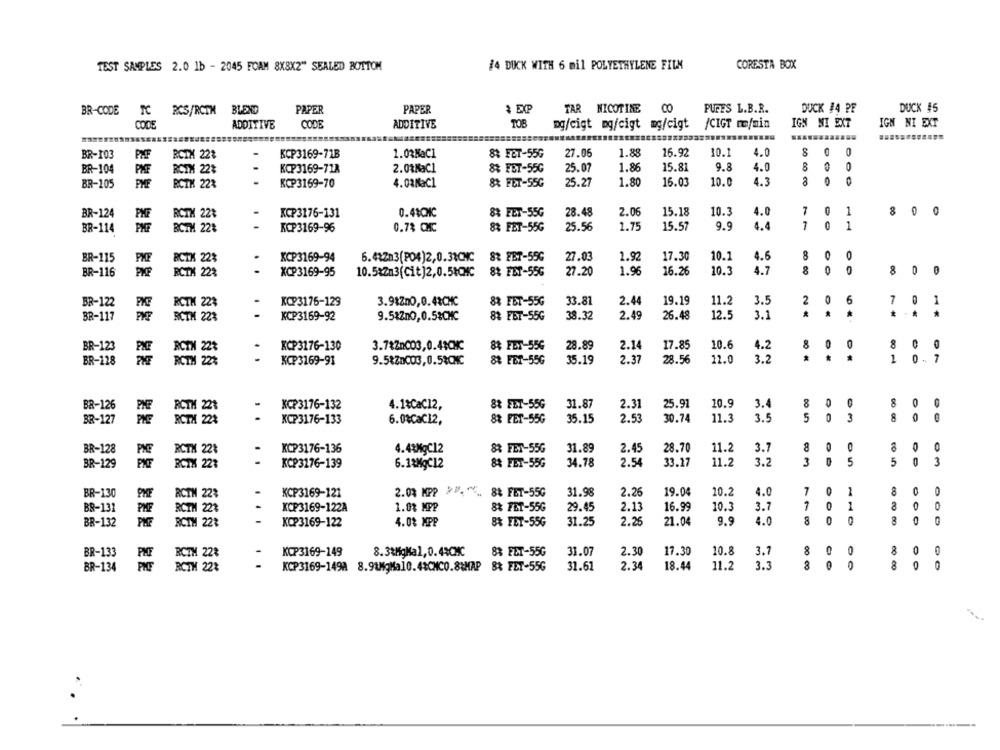
TEST SAMPLES 2.0 1b - 2045 FOAM 8X8X2" SEALED BOTTOM
#4 DUCK WITH 6 mil POLYETHYLENE FILM
CORESTA BOX
BR-CODE
TC
RCS/RCTM
BLEND
PAPER
PAPER
$ EXP
TAR NICOTINE
PURES L.B.R.
DUCK #4 PF
DUCK #5
CODE
ADDITIVE
CODE
ADDITIVE
TOB
mg/cigt mg/cigt mg/cigt /CIGT co/min
IGN NI EXT
IGN NI EXT
0
BR-103
PMF
BCIX 22%
-
KCP3169-71B
1.0%NaCl
82 FET-55G
27.05
1.88
16.92
10.1
4.0
DO
9.8
8
BR-104
PMF
RCIN 22%
.
KCP3169-718
2.01KaCl
8 FBT-55G
25.07
1.86
15.81
4.0
BR-105
PME
RCTH 22%
KCP3169-70
4.03KaCl
8& FET-55G
25.27
1.80
16.03
10.0
4.3
8
2.06
7
0
1
8
BR-124
ACTH 22%
.
KCP3176-131
0.41CNC
83 FET-55G
28.48
15.18
10.3
4.0
1.75
4.4
1
0
1
BR-114
BCTM 223
RCP3169-96
0.73 CMHC
83 FET-55G
25.56
15.57
9.9
4.6
0
BR-115
BCTX 228
.
XCP3169-94
6.48Zn3(PO4)2,0.33CNC
82 FET-55G
27.03
1.92
17.30
10.
O
-
16.26
10.3
4.7
8
0
8
BR-116
ACTA 23
XCP3169-95
10.5%2m3(Cit)2,0.5ICHC
88 FET-55G
27.20
1.96
33.81
2.44
19.19
2
6
7
1
BR-122
RCTH 22%
-
KCP3176-129
3.98Zn0,0.41CMC
82 FET-55G
11.2
3.5
38.32
2.49
26.48
12.5
3.1
*
BR-117
RCTM 223
KCP3169-92
9.5&2n0,0.5&CHC
82 FBT-55G
BR-123
KCP3176-130
3.78ZnC03,0.4$CMC
28.89
2.14
17.85
10.6
4.2
8
0
8% FET-55G
0
BR-128
KCP3169-91
9.5%Znc03,0.5%CNC
88 FBT-55G
35.19
2.37
28.56
12.0
3.2
*
1
0
7
BR-126
-
KC?3176-132
4.1&CaC12,
8& FET-55G
31.87
2.31
25.91
10.9
3.4
8
8
BCTH 221
BR-127
RCTX 228
..
KCP3176-133
8& FET-55G
35.15
2.53
30.74
11.3
3.5
5
3
8
0
6.0%CaC12,
BR-128
KCP3176-136
4.4&MgC12
83 FET-55G
31.89
2.45
28.70
11.2
3.7
8
8
O
PCTX 221
BR-129
BCTX 221
..
KCP3176-139
6.1&MgC12
8% FET-55G
34.78
2.54
33.17
11.2
3.2
3
5
5
3
BR-130
PRE
KCP3169-121
2.03 MPP >", "C. 8% FET-55G
31.98
2.26
19.04
10.2
4.0
7
RCTM 2
BS-131
KCP3169-122A
1.8% MPP
8% FET-55G
29.45
2.13
16.99
10.3
3.7
7
0
1
a
BR-132
PKF
...
KOP3169-122
4.0% MPP
8% FET-55G
31.25
2.26
21.04
9.9
4.0
BR-133
BOTH 228
KCP3169-149
8.3tMgMal,0.4:CMC
88 FET-55G
31.07
2.30
17.30
10.8
3.7
8
8
BR-134
RCTW 28
. .
KCP3169-1498 8.91MgMal0.4:CNC0.8\MAP 8% FET-55G
31.61
2.34
18.44
11.2
3.3
8
8
0
---